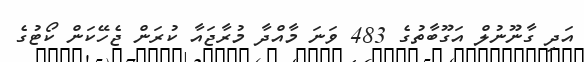
އަދި ގާނޫނުލް އަގޫބާތުގެ 483 ވަނަ މާއްދާ މުރާޖައާ ކުރަން ޖެހޭކަން ކޯޓުގެ